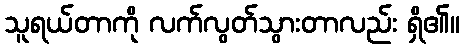
သူရယ်တာကို လက်လွတ်သွားတာလည်း ရှိ၏။